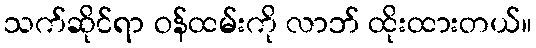
သက်ဆိုင်ရာ ဝန်ထမ်းကို လာဘ် ထိုးထားတယ်။